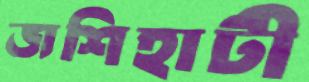
জশিহাটী